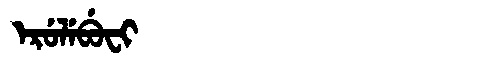
Manchu: ᡝᡵᡠᠯᡝᠪᡠᠸᡳ
Romanization: ERULEBUFI